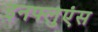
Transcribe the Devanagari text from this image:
इनफ्लुएंस